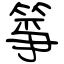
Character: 箏